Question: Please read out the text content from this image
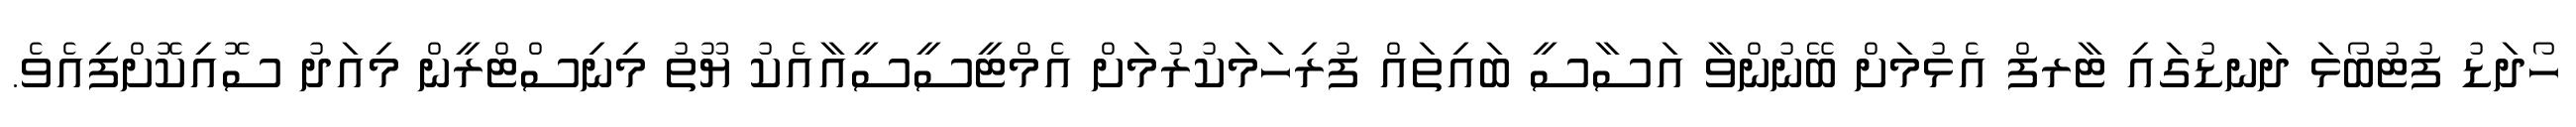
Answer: ހޯދަޑު ފުޓުބޯޅަ ދަނޑުގައި ޓާރފް އެޅުމަށް ބޭނުންވާ އަސާސީ ބައިތައް ފުރިހަމަކުރުމަށް އެމްޓީސީސީއާއެކު ޔޫތު މިނިސްޓްރީން މިއަދު ސޮއިކޮށްފިއެވެ.